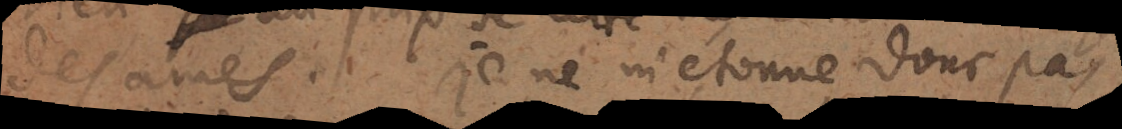
des ames. Je ne m’étonne donc pas